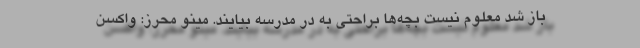
باز شد معلوم نیست بچه‌ها براحتی به در مدرسه بیایند. مینو محرز: واکسن